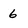
Character: 6